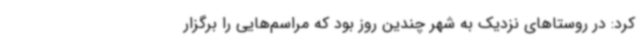
کرد: در روستاهای نزدیک به شهر چندین روز بود که مراسم‌هایی را برگزار